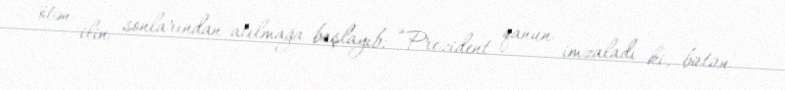
ötən ilin sonlarından atılmağa başlayıb: “Prezident qanun imzaladı ki, bütün